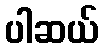
ပါဆယ်